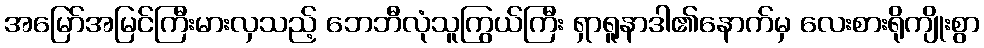
အမြော်အမြင်ကြီးမားလှသည့် ဘေဘီလုံသူကြွယ်ကြီး ရှာရူနာဒါ၏နောက်မှ လေးစားရိုကျိုးစွာ